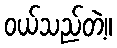
ဝယ်သည်တဲ့။